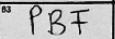
Transcription: PBF